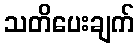
သတိပေးချက်